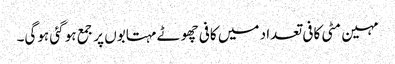
مہین مٹی کافی تعداد میں کافی چھوٹے مہتابوں پر جمع ہو گئی ہوگی۔